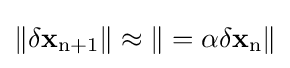
{\bf {\|\delta x_{\rm {n+1}}\|\approx \|=\alpha \delta x_{\rm {n}}\|}}